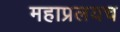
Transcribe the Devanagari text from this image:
महाप्रलयच